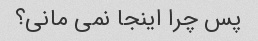
پس چرا اینجا نمی مانی؟